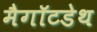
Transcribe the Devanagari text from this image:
मैगॉटडेथ